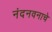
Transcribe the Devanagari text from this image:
नंदनवनाचे